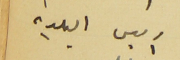
رئيس البلدية